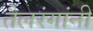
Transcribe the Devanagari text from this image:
तैलरंगांनी